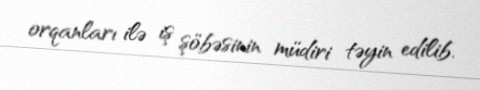
orqanları ilə iş şöbəsinin müdiri təyin edilib.